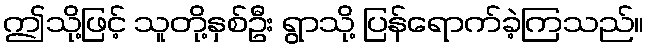
ဤသို့ဖြင့် သူတို့နှစ်ဦး ရွာသို့ ပြန်ရောက်ခဲ့ကြသည်။